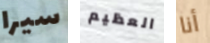
سيرا العظيم أنا